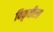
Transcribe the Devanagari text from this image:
विकृतीला